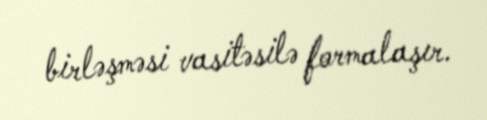
birləşməsi vasitəsilə formalaşır.